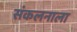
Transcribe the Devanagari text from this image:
संकलनाला